Source: Handwritten
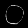
Digit: ၀ (0)